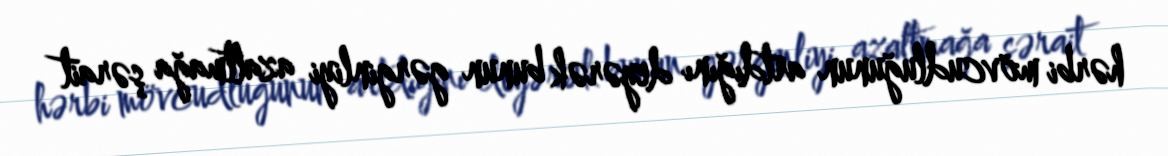
hərbi mövcudluğunun artdığını deyərək bunun gərginliyi azaltmağa şərait